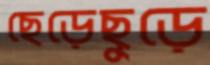
ছেড়েছুড়ে